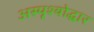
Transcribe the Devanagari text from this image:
अस्पॄश्योद्धार